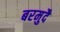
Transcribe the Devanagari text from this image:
बरमुदै